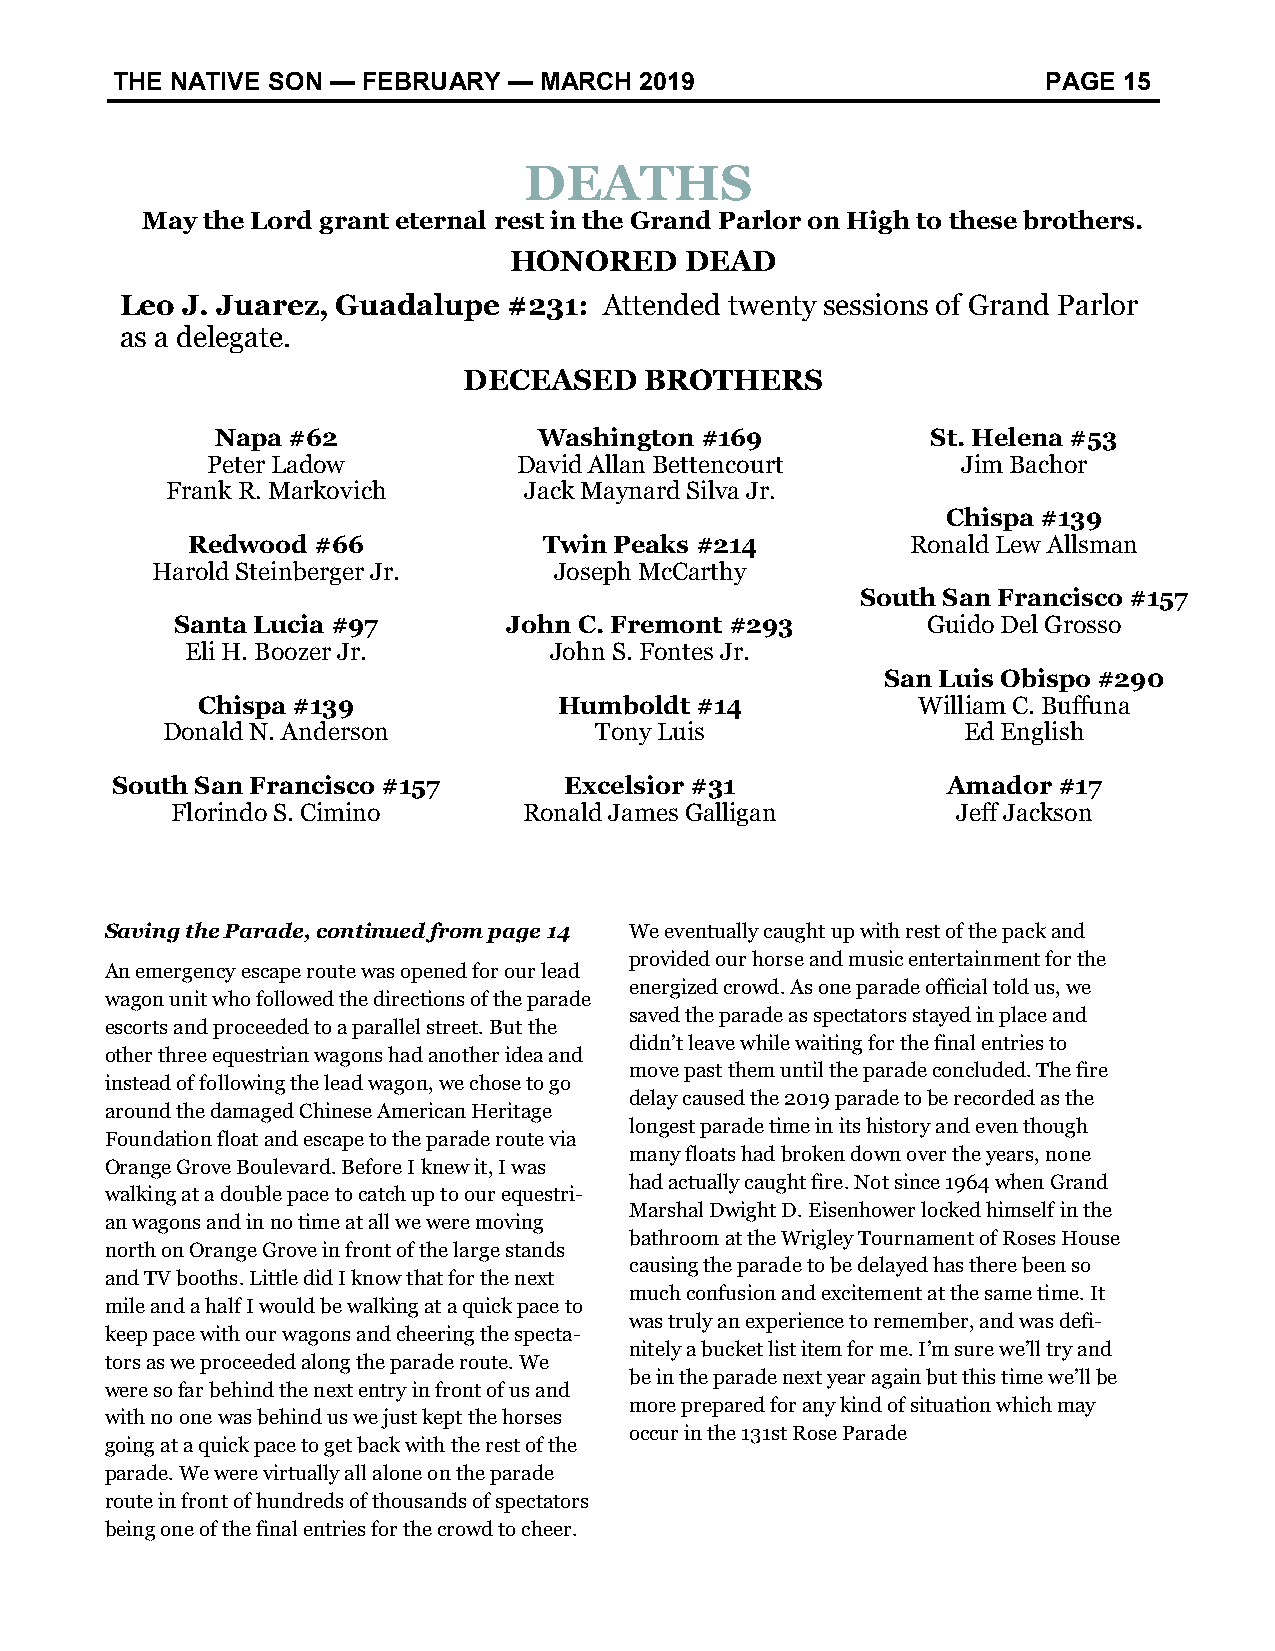
THE NATIVE SON — FEBRUARY  — MARCH 2019                       PAGE 15
 DEATHS
 May the Lord grant eternal rest in the Grand Parlor on High to these brothers.
 HONORED    DEAD
 Leo J. Juarez, Guadalupe  #231: Attended twenty sessions of Grand Parlor
 as a delegate.
 DECEASED    BROTHERS
 Napa #62              Washington #169           St. Helena #53
 Peter Ladow         David Allan Bettencourt       Jim Bachor
 Frank R. Markovich      Jack Maynard Silva Jr.
 Chispa #139
 Redwood  #66            Twin Peaks #214         Ronald Lew Allsman
 Harold Steinberger Jr.     Joseph McCarthy
 South San Francisco #157
 Santa Lucia #97       John C. Fremont #293       Guido Del Grosso
 Eli H. Boozer Jr.       John S. Fontes Jr.
 San Luis Obispo #290
 Chispa #139             Humboldt #14            William C. Buffuna
 Donald N. Anderson          Tony Luis                Ed English
 South San Francisco #157      Excelsior #31             Amador #17
 Florindo S. Cimino      Ronald James Galligan       Jeff Jackson
 Saving the Parade, continued from page 14 We eventually caught up with rest of the pack and
 provided our horse and music entertainment for the
 An emergency escape route was opened for our lead
 energized crowd. As one parade official told us, we
 wagon unit who followed the directions of the parade
 saved the parade as spectators stayed in place and
 escorts and proceeded to a parallel street. But the
 didn’t leave while waiting for the final entries to
 other three equestrian wagons had another idea and
 move past them until the parade concluded. The fire
 instead of following the lead wagon, we chose to go
 delay caused the 2019 parade to be recorded as the
 around the damaged Chinese American Heritage
 longest parade time in its history and even though
 Foundation float and escape to the parade route via
 many floats had broken down over the years, none
 Orange Grove Boulevard. Before I knew it, I was
 had actually caught fire. Not since 1964 when Grand
 walking at a double pace to catch up to our equestri-
 Marshal Dwight D. Eisenhower locked himself in the
 an wagons and in no time at all we were moving
 bathroom at the Wrigley Tournament of Roses House
 north on Orange Grove in front of the large stands
 causing the parade to be delayed has there been so
 and TV booths. Little did I know that for the next
 much confusion and excitement at the same time. It
 mile and a half I would be walking at a quick pace to
 was truly an experience to remember, and was defi-
 keep pace with our wagons and cheering the specta-
 nitely a bucket list item for me. I’m sure we’ll try and
 tors as we proceeded along the parade route. We
 be in the parade next year again but this time we’ll be
 were so far behind the next entry in front of us and
 more prepared for any kind of situation which may
 with no one was behind us we just kept the horses
 occur in the 131st Rose Parade
 going at a quick pace to get back with the rest of the
 parade. We were virtually all alone on the parade
 route in front of hundreds of thousands of spectators
 being one of the final entries for the crowd to cheer.